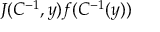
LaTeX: J ( C ^ { - 1 } , y ) f ( C ^ { - 1 } ( y ) )